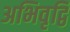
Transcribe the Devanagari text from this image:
अभिवृद्वि